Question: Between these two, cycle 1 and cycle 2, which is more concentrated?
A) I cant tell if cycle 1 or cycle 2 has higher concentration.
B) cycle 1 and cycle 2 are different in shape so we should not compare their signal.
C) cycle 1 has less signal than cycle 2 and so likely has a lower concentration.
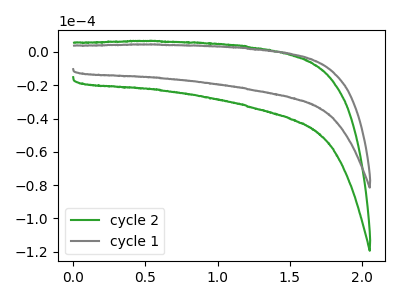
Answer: <think>The green curve "cycle 2" has no peaks. The gray curve "cycle 1" has no peaks.
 Neither "cycle 1" or "cycle 2" have any peaks.</think>
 <answer>A) I cant tell if "cycle 1" or "cycle 2" has higher concentration.</answer>
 <eval>A</eval>